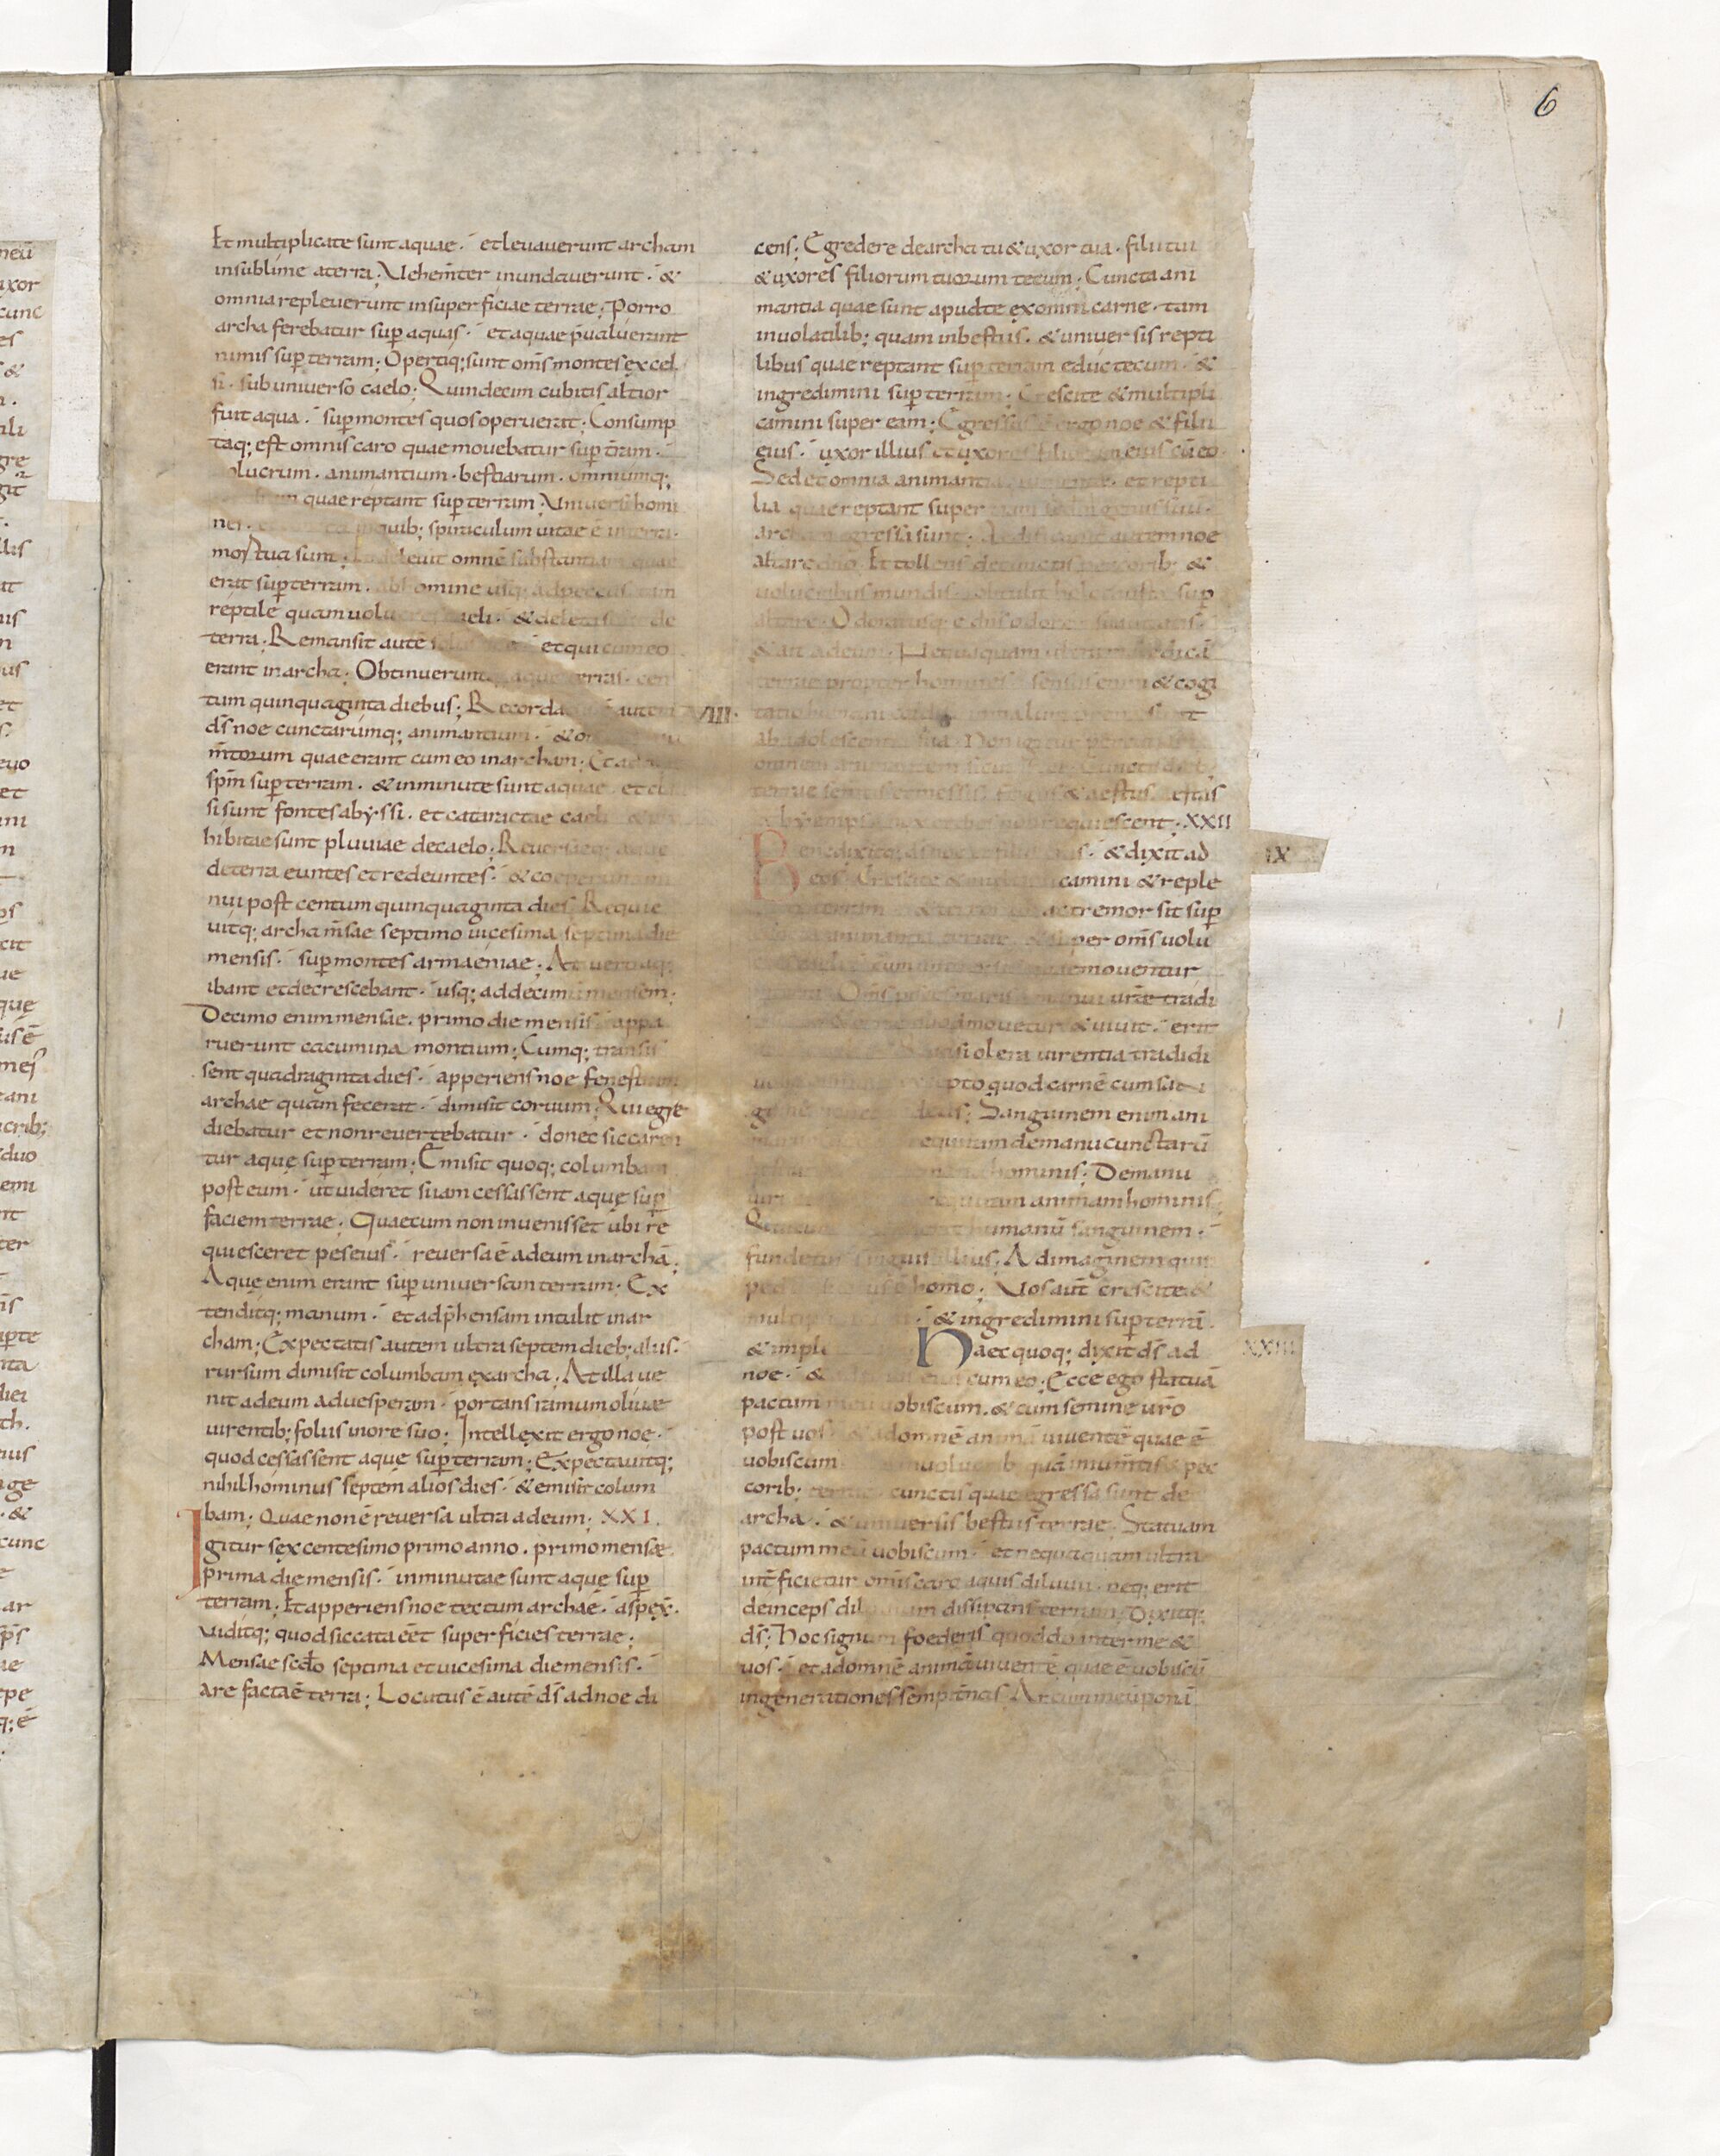
Shelfmark: Paris, BnF, lat. 15176
Century: 11